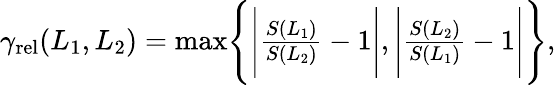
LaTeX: \begin{array}{r}{\gamma_{\mathrm{rel}}(L_{1},L_{2})=\mathrm{max}\Bigg\{ \Bigg|\frac{S(L_{1})}{S(L_{2})}-1\Bigg|,\Bigg|\frac{S(L_{2})}{S(L_{1})}-1\Bigg|\Bigg\} ,}\end{array}